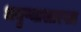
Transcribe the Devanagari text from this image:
धनुष्यासारखा